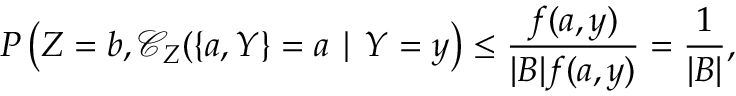
P \left( Z = b , \mathcal { C } _ { Z } ( \{ a , Y \} = a \mid Y = y \right) \leq \frac { f ( a , y ) } { \lvert B \rvert f ( a , y ) } = \frac { 1 } { \lvert B \rvert } ,